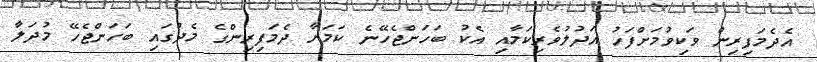
އެދެމަފިރިން ވަކިވުމަށްފަހު އަދުލުވެރިކަމާއި އެކު ބަހަންޖެހޭނެ ކަމަށާ ދެމަފިރިންގެ މެދުގައި ބަހަންޖެހޭ މުދަލާ